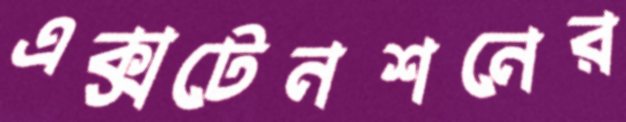
এক্সটেনশনের